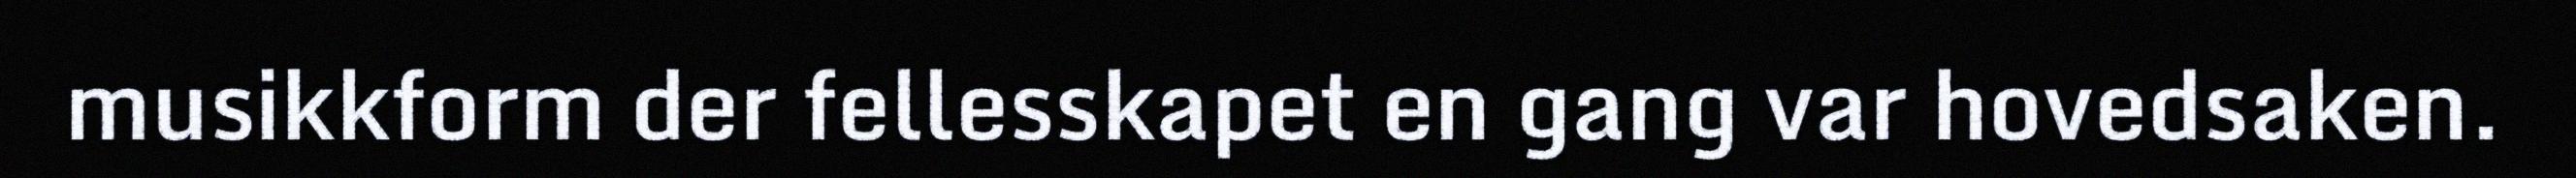
musikkform der fellesskapet en gang var hovedsaken.